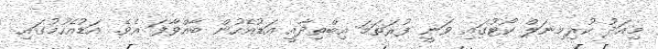
މިއަދު ކުރިމިނަލް ކޯޓުގައި ވަނީ ފުރަތަމަ އިބްތިދާއީ އަޑުއެހުން ބާއްވާފަ އެވެ. އަޑުއެހުމުގައި